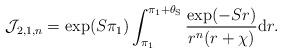
LaTeX: \begin{align*}\mathcal{J}_{2,1,n} = \exp({S\pi_1}) \int_{\pi_1}^{\pi_1+\theta_{\mathrm{S}}} \frac{\exp({-Sr})}{ r^n (r+ \chi)} \mathrm{d}r.\end{align*}